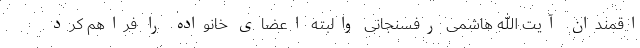
اقمندان آیت الله هاشمی رفسنجانی والبته اعضای خانواده را فراهم کرد